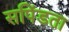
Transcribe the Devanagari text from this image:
सपिंडता